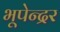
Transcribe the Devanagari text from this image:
भूपेन्‍द्रर